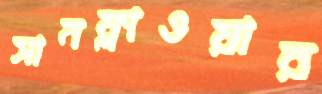
সানফ্লাওয়ার